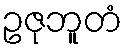
ဥဇုဘူတံ